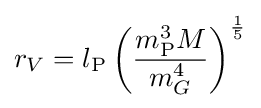
r_{V}=l_{\text{P}}\left({\frac {m_{\text{P}}^{3}M}{m_{G}^{4}}}\right)^{\frac {1}{5}}